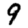
Digit: 9